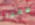
قفوا